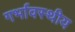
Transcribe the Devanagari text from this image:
गर्भावस्थीय